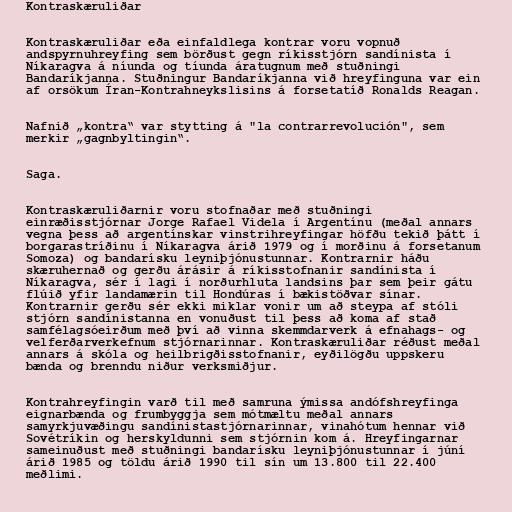
Kontraskæruliðar

Kontraskæruliðar eða einfaldlega kontrar voru vopnuð
andspyrnuhreyfing sem börðust gegn ríkisstjórn sandínista í
Níkaragva á níunda og tíunda áratugnum með stuðningi
Bandaríkjanna. Stuðningur Bandaríkjanna við hreyfinguna var ein
af orsökum Íran-Kontrahneykslisins á forsetatíð Ronalds Reagan.

Nafnið „kontra“ var stytting á "la contrarrevolución", sem
merkir „gagnbyltingin“.

Saga.

Kontraskæruliðarnir voru stofnaðar með stuðningi
einræðisstjórnar Jorge Rafael Videla í Argentínu (meðal annars
vegna þess að argentínskar vinstrihreyfingar höfðu tekið þátt í
borgarastríðinu í Níkaragva árið 1979 og í morðinu á forsetanum
Somoza) og bandarísku leyniþjónustunnar. Kontrarnir háðu
skæruhernað og gerðu árásir á ríkisstofnanir sandínista í
Níkaragva, sér í lagi í norðurhluta landsins þar sem þeir gátu
flúið yfir landamærin til Hondúras í bækistöðvar sínar.
Kontrarnir gerðu sér ekki miklar vonir um að steypa af stóli
stjórn sandínistanna en vonuðust til þess að koma af stað
samfélagsóeirðum með því að vinna skemmdarverk á efnahags- og
velferðarverkefnum stjórnarinnar. Kontraskæruliðar réðust meðal
annars á skóla og heilbrigðisstofnanir, eyðilögðu uppskeru
bænda og brenndu niður verksmiðjur.

Kontrahreyfingin varð til með samruna ýmissa andófshreyfinga
eignarbænda og frumbyggja sem mótmæltu meðal annars
samyrkjuvæðingu sandínistastjórnarinnar, vinahótum hennar við
Sovétríkin og herskyldunni sem stjórnin kom á. Hreyfingarnar
sameinuðust með stuðningi bandarísku leyniþjónustunnar í júní
árið 1985 og töldu árið 1990 til sín um 13.800 til 22.400
meðlimi.